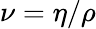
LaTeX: \nu=\eta/\rho